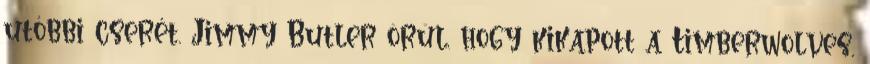
utóbbi cserét. Jimmy Butler örül, hogy kikapott a Timberwolves,